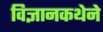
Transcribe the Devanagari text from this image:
विज्ञानकथेने